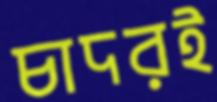
চাদরই